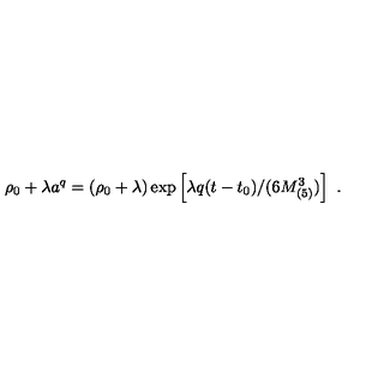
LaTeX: \rho _ { 0 } + \lambda a ^ { q } = \left( \rho _ { 0 } + \lambda \right) \exp \left[ \lambda q ( t - t _ { 0 } ) / ( 6 M _ { ( 5 ) } ^ { 3 } ) \right] \ .